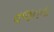
વજનના